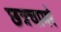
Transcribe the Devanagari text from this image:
छत्रचामरे